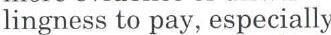
lingness to pay, especially